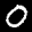
Label: 0